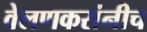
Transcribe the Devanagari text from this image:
वेलणकरांनीच